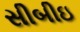
સીબીઇ